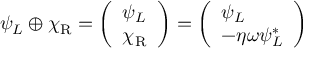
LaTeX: \psi _ { L } \oplus \chi _ { \mathrm { { R } } } = { \left( \begin{array} { l } { \psi _ { L } } \\ { \chi _ { \mathrm { { R } } } } \end{array} \right) } = { \left( \begin{array} { l } { \psi _ { L } } \\ { - \eta \omega \psi _ { L } ^ { * } } \end{array} \right) }